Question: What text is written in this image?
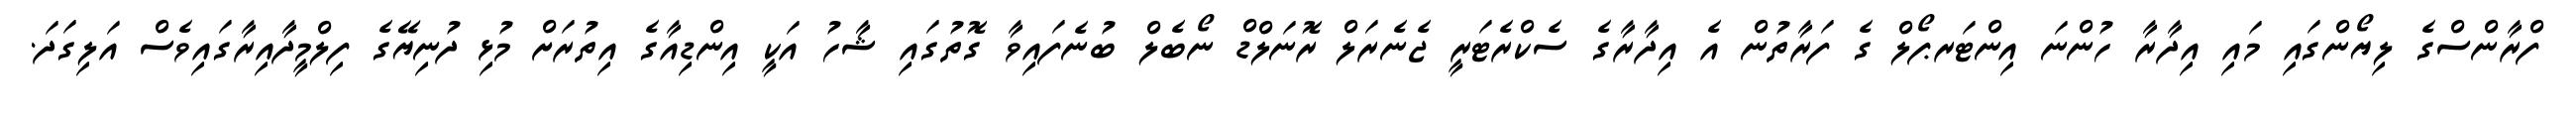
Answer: ފްރާންސްގެ ލިޔޯންގައި މައި އިދާރާ ހުންނަ އިންޓަރޕޯލް ގެ ފަރާތުން އެ އިދާރާގެ ސެކްރެޓަރީ ޖެނެރަލް ރޮނަލްޑް ނޯބެލް ބުނެފައިވާ ގޮތުގައި ޝާހު އަކީ އިންޑިއާގެ އިތުރަށް މުޅި ދުނިޔޭގެ ފިލްމީދާއިރާގައިވެސް އަލިގަދަ.